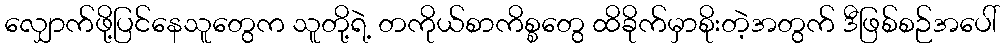
လျှောက်ဖို့ပြင်နေသူတွေက သူတို့ရဲ့ တကိုယ်စာကိစ္စတွေ ထိခိုက်မှာစိုးတဲ့အတွက် ဒီဖြစ်စဉ်အပေါ်